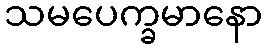
သမပေက္ခမာနော